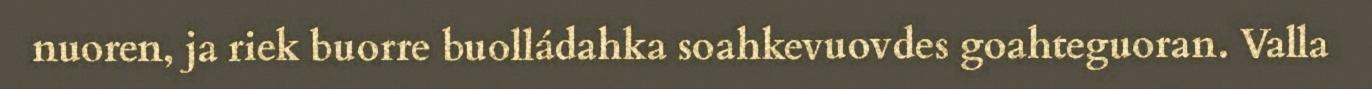
nuoren, ja riek buorre buolládahka soahkevuovdes goahteguoran. Valla